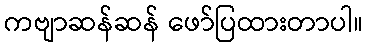
ကဗျာဆန်ဆန် ဖော်ပြထားတာပါ။